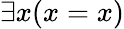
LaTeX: \exists x(x=x)